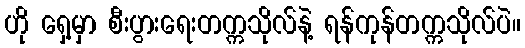
ဟို ရှေ့မှာ စီးပွားရေးတက္ကသိုလ်နဲ့ ရန်ကုန်တက္ကသိုလ်ပဲ။